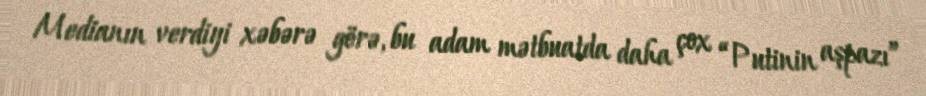
Medianın verdiyi xəbərə görə, bu adam mətbuatda daha çox “Putinin aşpazı”